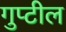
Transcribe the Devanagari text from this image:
गुप्टील